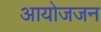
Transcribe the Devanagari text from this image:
आयोजजन